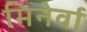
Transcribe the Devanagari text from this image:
मिनेर्वा